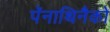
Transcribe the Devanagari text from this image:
पॅनाथिनैको